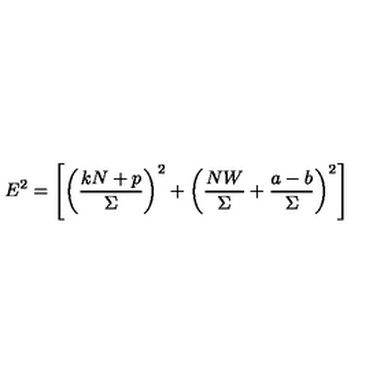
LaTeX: E ^ { 2 } = \left[ \left( \frac { k N + p } { \Sigma } \right) ^ { 2 } + \left( \frac { N W } { \Sigma } + \frac { a - b } { \Sigma } \right) ^ { 2 } \right]